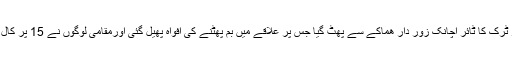
بتایا گیا ہے کہ گزشتہ روز جی ٹی روڈ پر ٹرک کا ٹائر اچانک زور دار ھماکے سے پھٹ گیا جس پر علاقے میں بم پھٹنے کی افواہ پھیل گئی اورمقامی لوگوں نے 15 پر کال کر دی جس پرپولیس کی دوڑیں لگ گئیں ۔